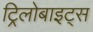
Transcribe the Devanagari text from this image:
ट्रिलोबाइट्स